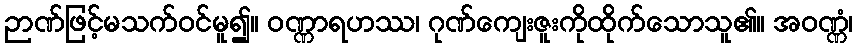
ဉာဏ်ဖြင့်မသက်ဝင်မူ၍။ ဝဏ္ဏာရဟဿ၊ ဂုဏ်ကျေးဇူးကိုထိုက်သောသူ၏။ အဝဏ္ဏံ၊